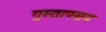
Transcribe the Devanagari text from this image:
गुस्ताफ्सन